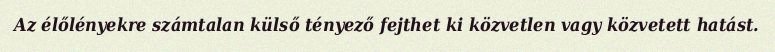
Az élőlényekre számtalan külső tényező fejthet ki közvetlen vagy közvetett hatást.